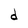
Character: d